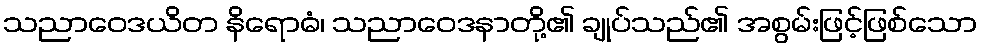
သညာဝေဒယိတ နိရောဓံ၊ သညာဝေဒနာတို့၏ ချုပ်သည်၏ အစွမ်းဖြင့်ဖြစ်သော